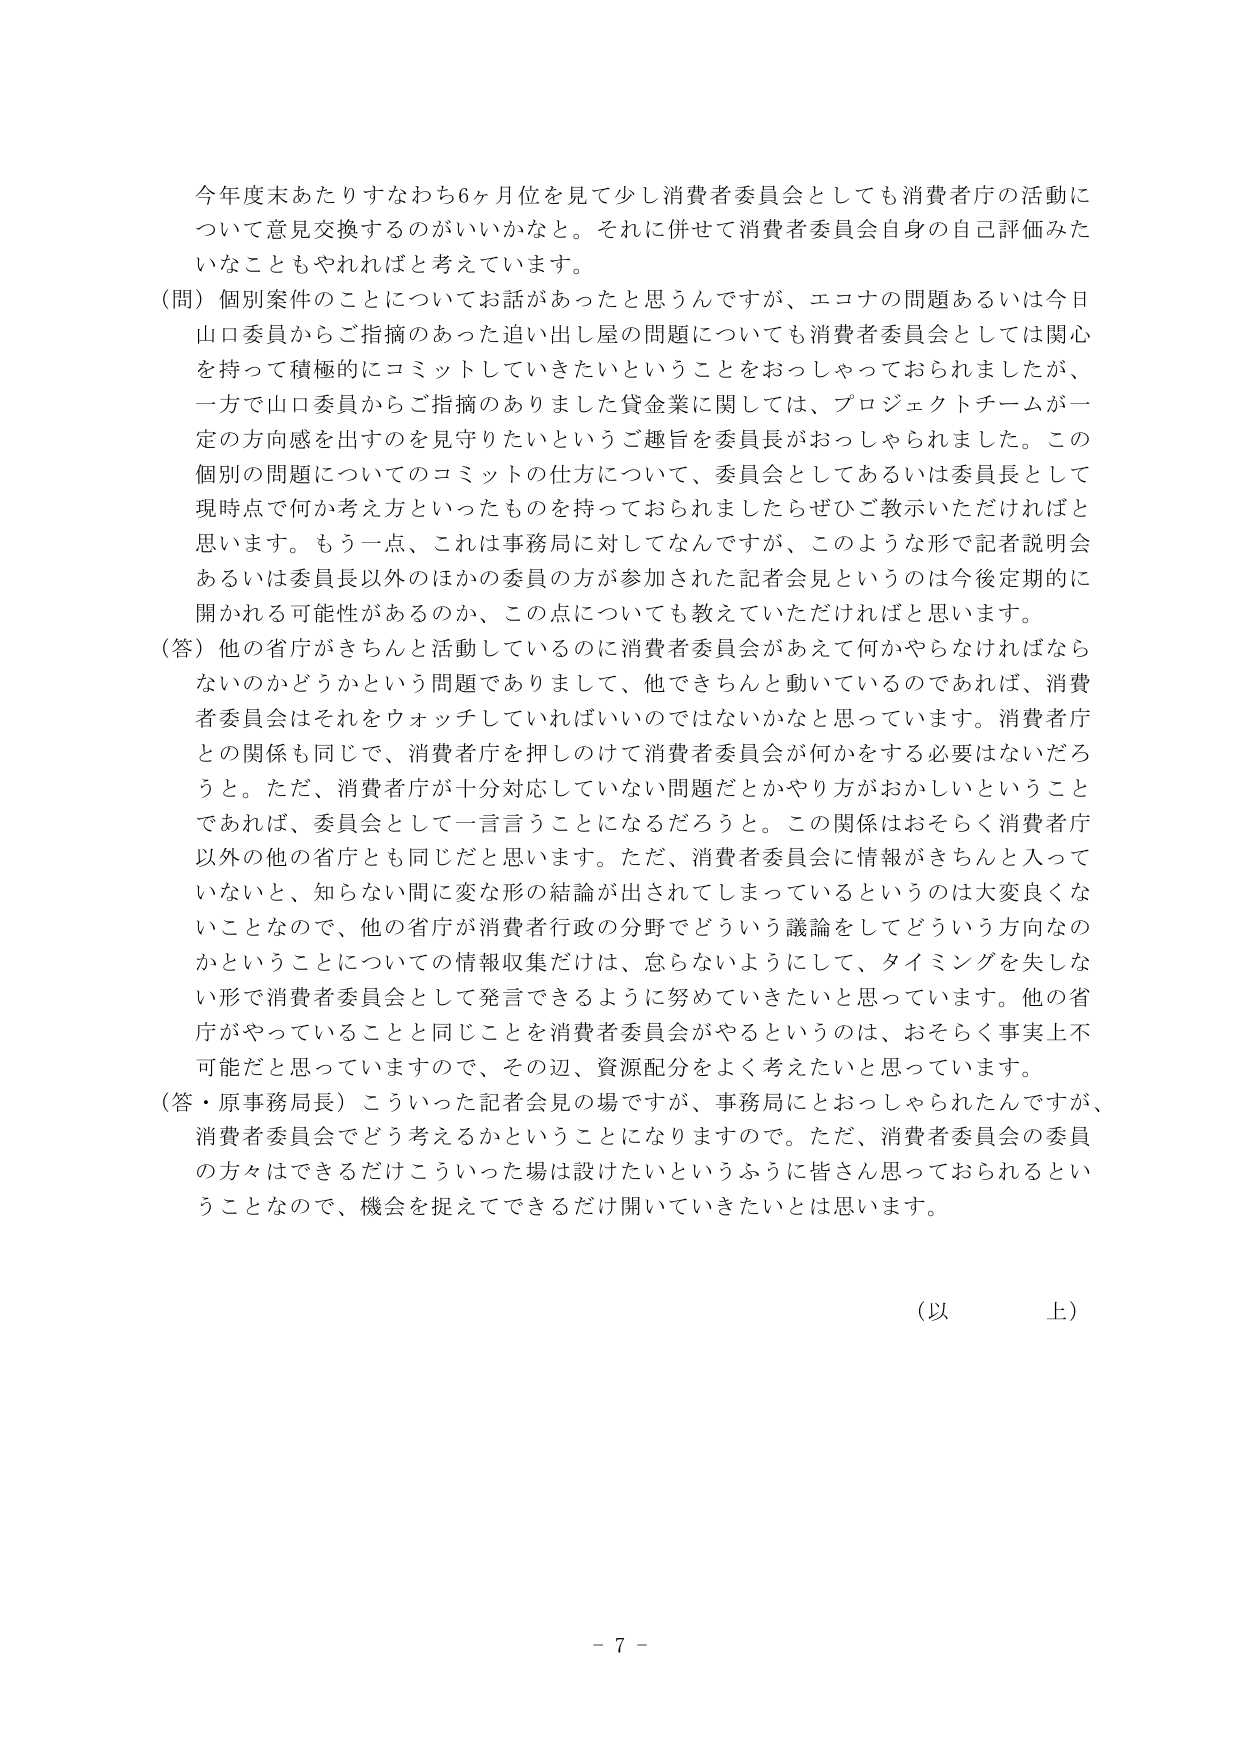
今年度末あたりすなわち6ヶ月位を見て少し消費者委員会としても消費者庁の活動について意見交換するのがいいかなと。それに併せて消費者委員会自身の自己評価みたいなこともやれればと考えています。

（問）個別案件のことについてお話があったと思うんですが、エコナの問題あるいは今日山口委員からご指摘のあった追い出し屋の問題についても消費者委員会としては関心を持って積極的にコミットしていきたいということをおっしゃっておられましたが、一方で山口委員からご指摘のありました貸金業に関しては、プロジェクトチームが一定の方向感を出すのを見守りたいというご趣旨を委員長がおっしゃられました。この個別の問題についてのコミットの仕方について、委員会としてあるいは委員長として現時点で何か考え方といったものを持っておられましたらぜひご教示いただければと思います。もう一点、これは事務局に対してなんですが、このような形で記者説明会あるいは委員長以外のほかの委員の方が参加された記者会見というのは今後定期的に開かれる可能性があるのか、この点についても教えていただければと思います。

（答）他の省庁がきちんと活動しているのに消費者委員会があえて何かやらなければならないのかどうかという問題でありまして、他できちんと動いているのであれば、消費者委員会はそれをウォッチしていればいいのではないかなと思っています。消費者庁との関係も同じで、消費者庁を押しのけて消費者委員会が何かをする必要はないだろうと。ただ、消費者庁が十分対応していない問題だとかやり方がおかしいということであれば、委員会として一言言うことになるだろうと。この関係はおそらく消費者庁以外の他の省庁とも同じだと思います。ただ、消費者委員会に情報がきちんと入っていないと、知らない間に変な形の結論が出されてしまっているというのは大変良くないことなので、他の省庁が消費者行政の分野でどういう議論をしてどういう方向なのかということについての情報収集だけは、怠らないようにして、タイミングを失しない形で消費者委員会として発言できるように努めていきたいと思っています。他の省庁がやっていることと同じことを消費者委員会がやるというのは、おそらく事実上不可能だと思っていますので、その辺、資源配分をよく考えたいと思っています。

（答・原事務局長）こういった記者会見の場ですが、事務局にとおっしゃられたんですが、消費者委員会でどう考えるかということになりますので。ただ、消費者委員会の委員の方々はできるだけこういった場は設けたいというふうに皆さん思っておられるということなので、機会を捉えてできるだけ開いていきたいとは思います。

（以上）

- 7 -